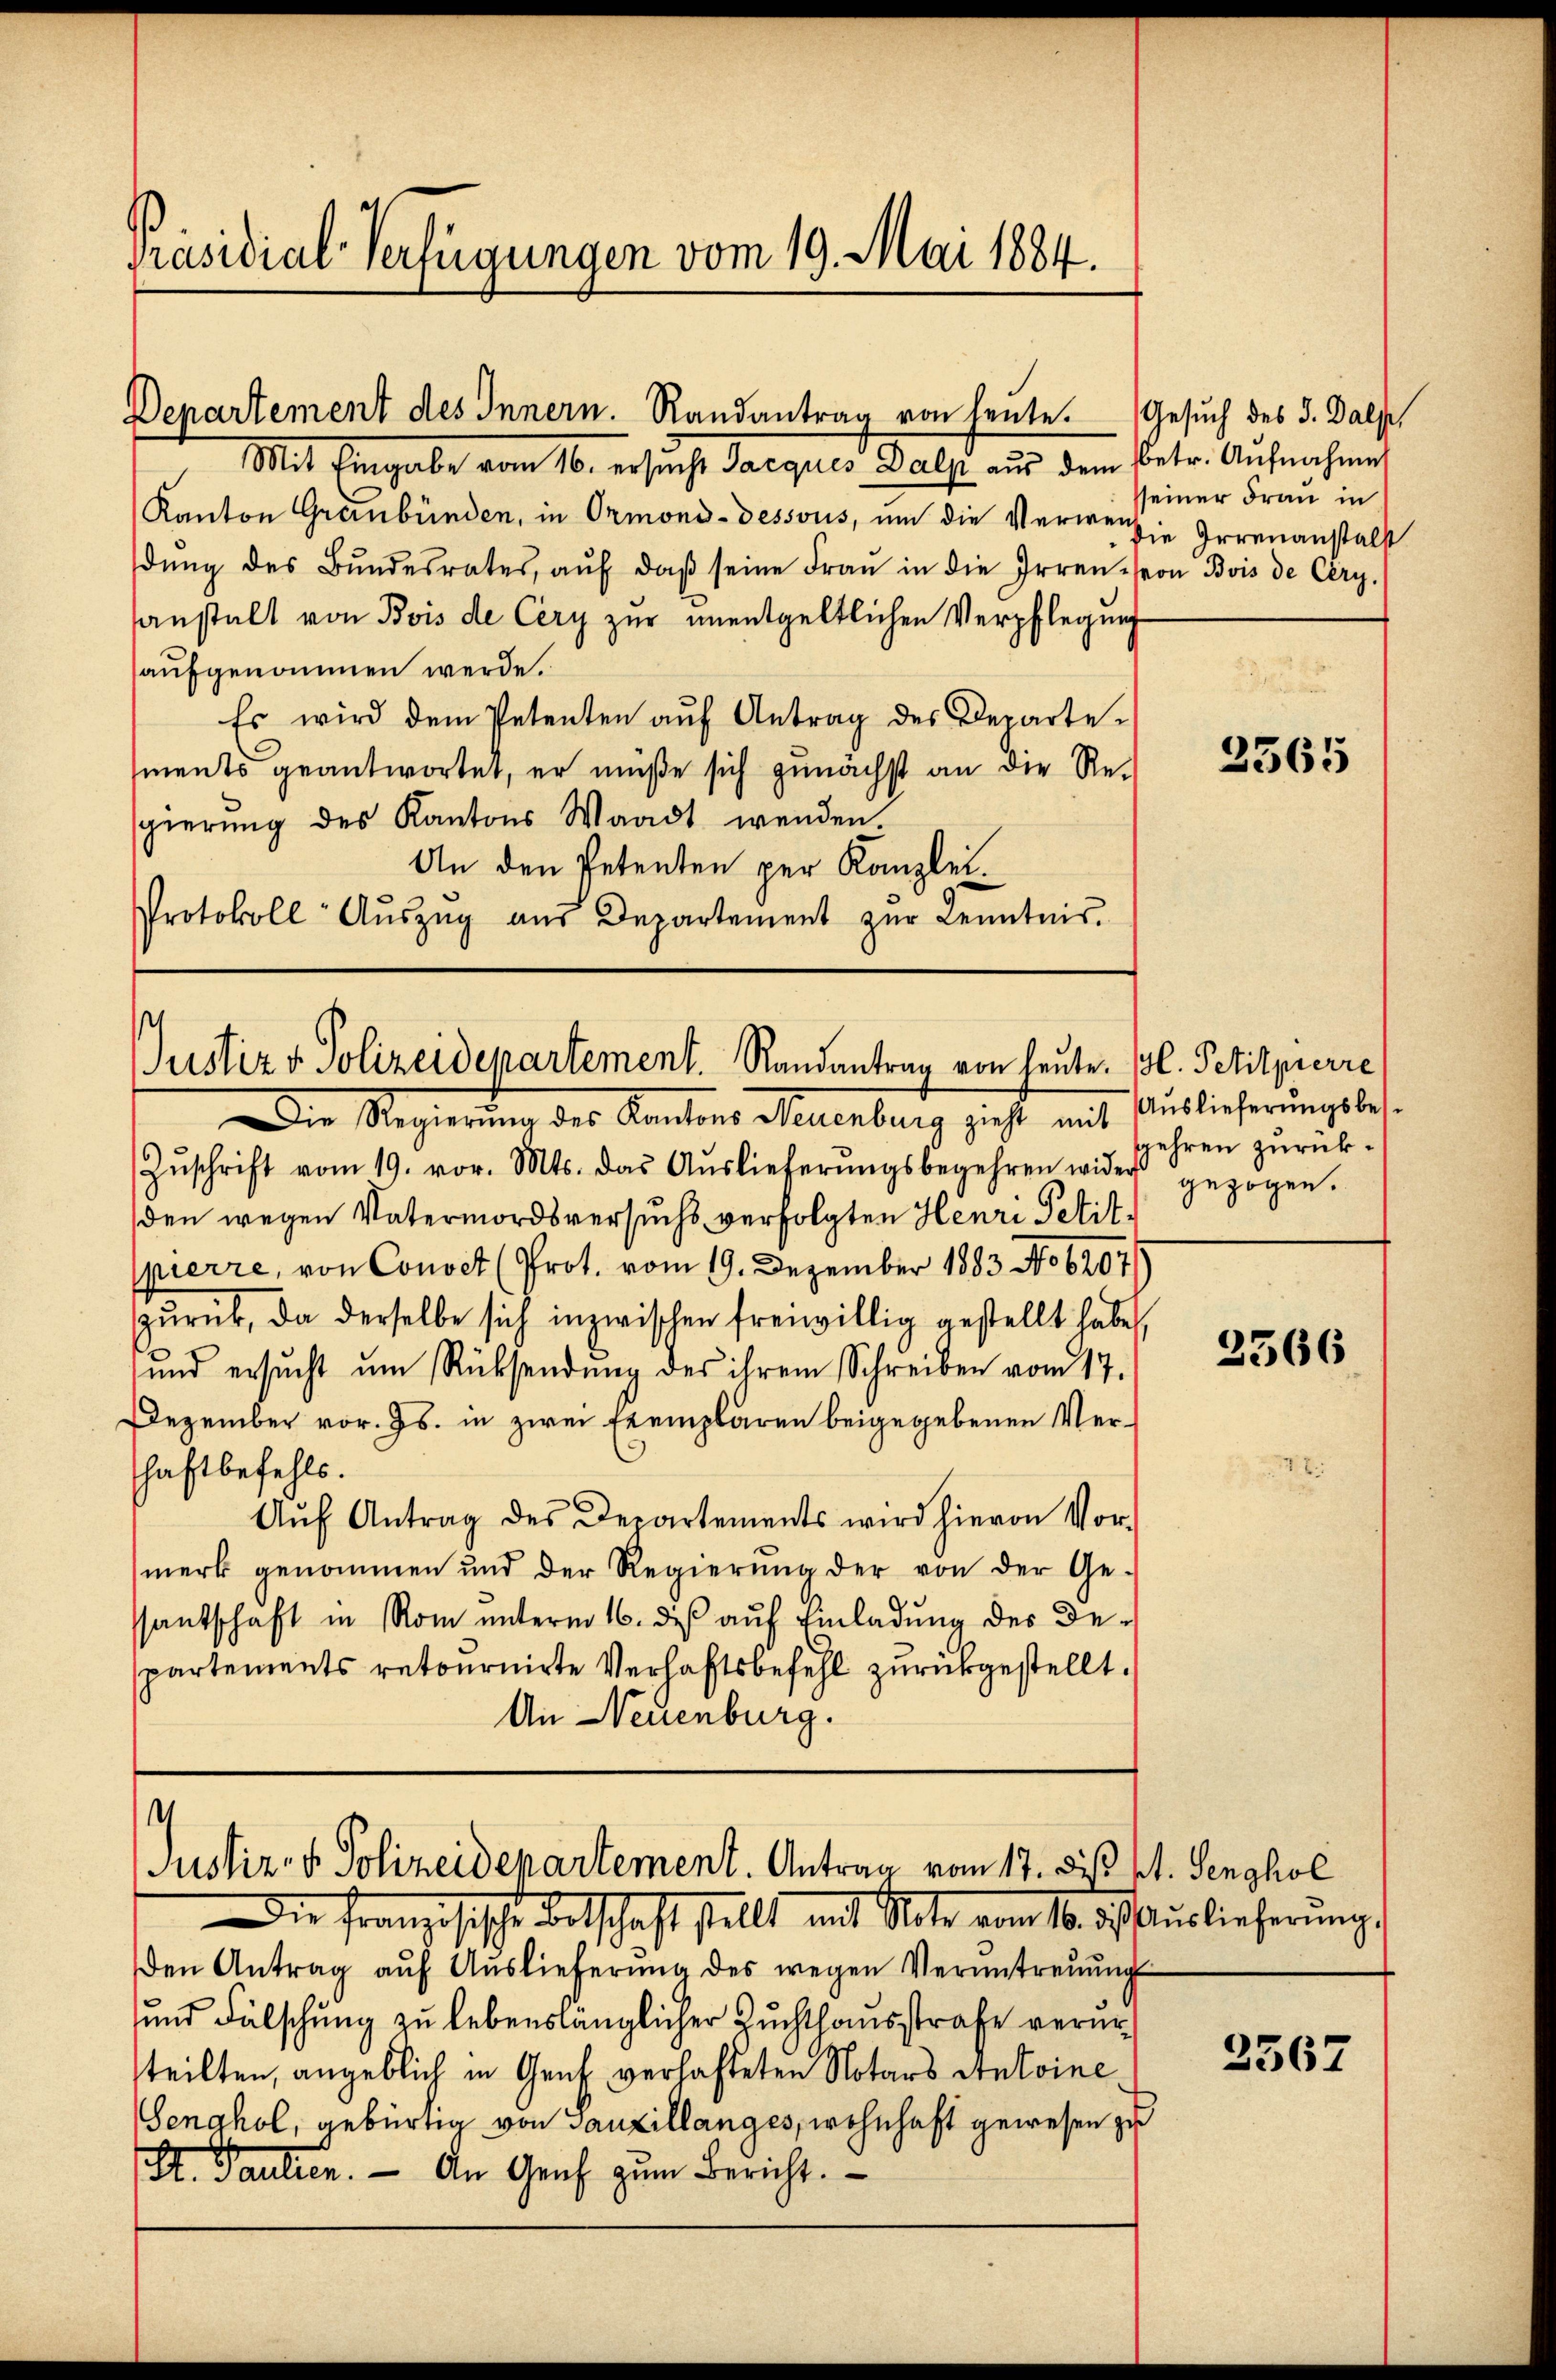
Präsidial-Verfügungen vom 19. Mai 1884.

Departement des Innern. Randantrag von heute. Gesuch des 3. Dalp,

Mit Eingabe vom 16. ersucht Jacques Dalp aŭs dem betr. Aŭfnahme
Kanton Graubünden, in Ormond-dessous, um die Verweise Irrenanstalst
dŭng des Bŭndesrates, aŭf daβ seine Fraŭ in die Irren von Bois de Cery.
sanstalt von Bois de Cery zur unentgeltlichen Verpflegung
aufgenommen werde.
Es wird dem Petenten auf Antrag des Departements geantwortet, er müße sich zunächst an die Resgierung des Kantons Waadt wenden
An den Petenten per Kanzlei¬
Protokoll Aŭszŭg aŭs Departement zŭr Kenntnis.

Die Regierung des Kantons Neuenburg geht mit Auslicherungsbes.
Zŭschrift vom 19. vor. Mts. das Aŭslieferŭngsbegehren wider gezogen.
den wegen Vatermordsversuchs verfolgten Henri Petit-
pierre, von Convet (Prot. vom 19. Dezember 1883 No 6207
zurück, da derselbe sich inzwischen freiwillig gestellt habe,
und ersŭcht ŭm Rücksendŭng des ihrem Schreiben vom 17.
Dezember vor. Js. in zwei Exemplaren beigegebenen Verhaftbefehls.
Aŭf Antrag des Departements wird hievon Vor-
merk genommen und der Regierŭng der von der Ge-
ssantschaft in Rom unterm 16. dieß auf Einladung des Departements retournirte Verhaftsbefehl zurückgestellt.
An Neuenburg.

Justiz & Polizeidepartement. Randantrag von heute. Bl. Petitpierre

¬
Justiz- & Polizeidepartement. Antrag vom 17. des St. Genghol

seiner Frau in

Die Französische Fortschaft stellt mit Note vom 16. d. Auslieferung,
den Antrag aŭf Aŭslieferŭng des wegen Verantreŭŭng
und Fälschung zu lebenslänglicher Zuchthausstrafe verurteilten, angeblich in Genf, verhafteten Notars Antoine
Senghol, gebürtig von Gauxillanges, wohnhaft gewesen zu
St. Paulien. An Genf zum Bericht.

2565

gehren zurück¬

2566

3567